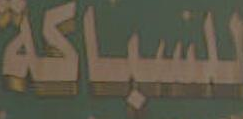
للسباكة